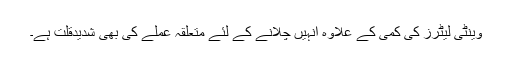
وینٹی لیٹرز کی کمی کے علاوہ انہیں چلانے کے لئے متعلقہ عملے کی بھی شدیدقلت ہے۔